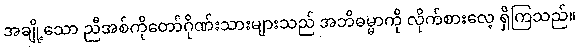
အချို့သော ညီအစ်ကိုတော်ဂိုဏ်းသားများသည် အဘိဓမ္မာကို လိုက်စားလေ့ ရှိကြသည်။